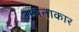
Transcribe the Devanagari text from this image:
अपनाकार